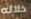
خلاله